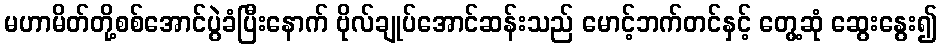
မဟာမိတ်တို့စစ်အောင်ပွဲခံပြီးနောက် ဗိုလ်ချုပ်အောင်ဆန်းသည် မောင့်ဘက်တင်နှင့် တွေ့ဆုံ ဆွေးနွေး၍